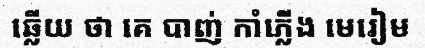
ឆ្លើយ ថា គេ បាញ់ កាំភ្លើង មេរៀម